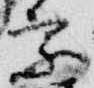
宗